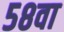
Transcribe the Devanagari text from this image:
५८वा